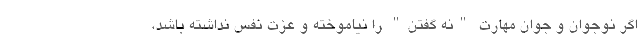
اگر نوجوان و جوان مهارت "نه گفتن" را نیاموخته و عزت نفس نداشته باشد،